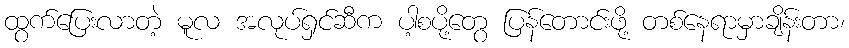
ထွက်ပြေးလာတဲ့ မူလ အလုပ်ရှင်ဆီက ပါ့စပို့တွေ ပြန်တောင်းဖို့ တစ်နေရာမှာချိန်းတာ၊